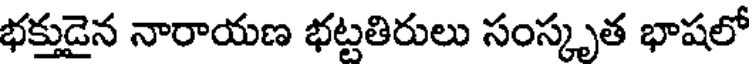
భక్తుడైన నారాయణ భట్టతిరులు సంస్కృత భాషలో